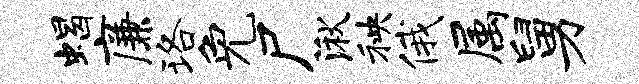
蝎廉珞免尸湫秧俄属舅